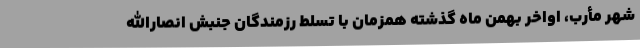
شهر مأرب، اواخر بهمن ماه گذشته همزمان با تسلط رزمندگان جنبش انصارالله